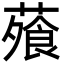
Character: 蕵